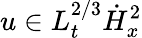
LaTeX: u\in L_{t}^{2/3}\dot{H}_{x}^{2}